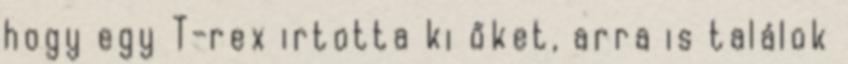
hogy egy T-rex irtotta ki őket, arra is találok